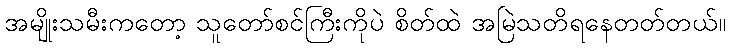
အမျိုးသမီးကတော့ သူတော်စင်ကြီးကိုပဲ စိတ်ထဲ အမြဲသတိရနေတတ်တယ်။